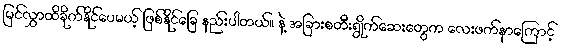
မြင်လွှာထိခိုက်နိုင်ပေမယ့် ဖြစ်နိုင်ခြေ နည်းပါတယ်။ နဲ့ အခြားစတီးရွိုက်ဆေးတွေက လေးဖက်နာကြောင့်